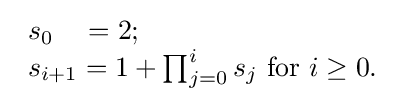
{\begin{array}{l}s_{0}~~~=2;\\s_{i+1}=1+\prod _{j=0}^{i}s_{j}{\text{ for }}i\geq 0.\end{array}}